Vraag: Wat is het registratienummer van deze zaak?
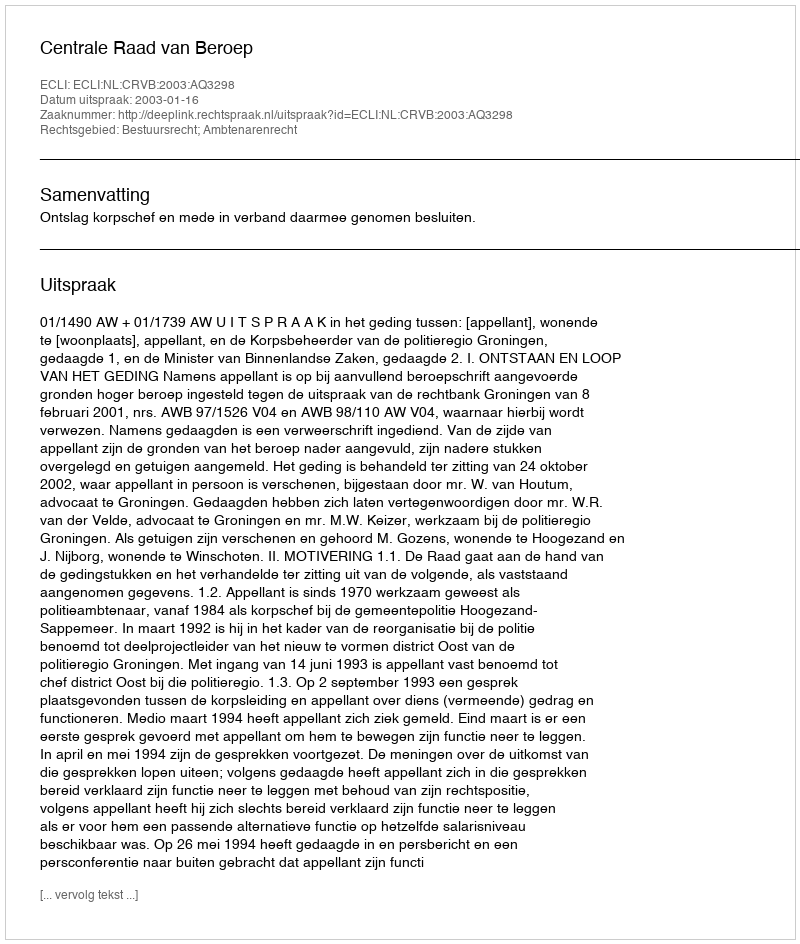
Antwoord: http://deeplink.rechtspraak.nl/uitspraak?id=ECLI:NL:CRVB:2003:AQ3298